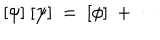
[ \psi ] ~ [ \psi ] ~ = ~ [ \phi ] ~ + ~ \cdots